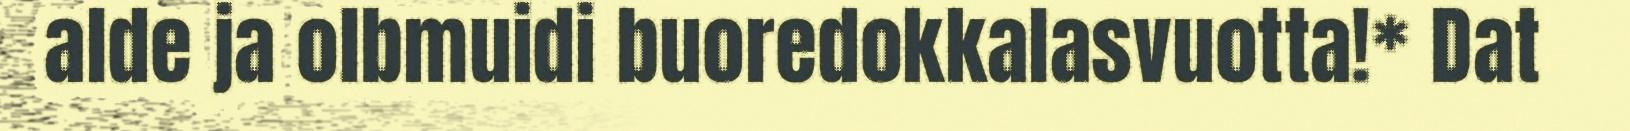
alde ja olbmuidi buoredokkalasvuotta!* Dat